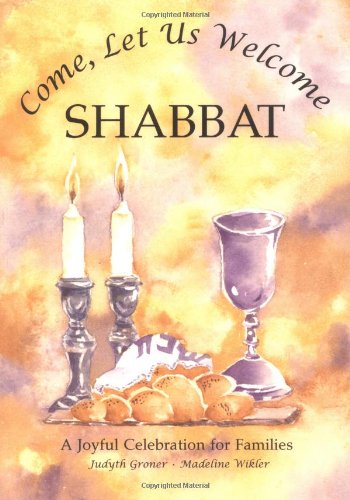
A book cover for Come, Let Us Welcome Shabbat (Shabbat & Prayer); Judyth Groner; Children's Books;